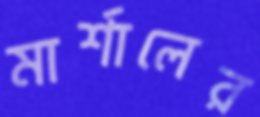
মার্শালের